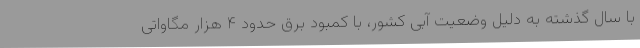
با سال گذشته به دلیل وضعیت آبی کشور، با کمبود برق حدود ۴ هزار مگاواتی